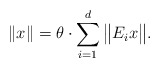
\begin{align*} \|x\|= \theta \cdot \sum_{i=1}^{d}\big\|E_i x\big\|.\end{align*}